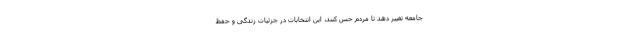
جامعه تغییر دهد تا مردم حس کنند، این انتخابات در جزئیات زندگی و حفظ